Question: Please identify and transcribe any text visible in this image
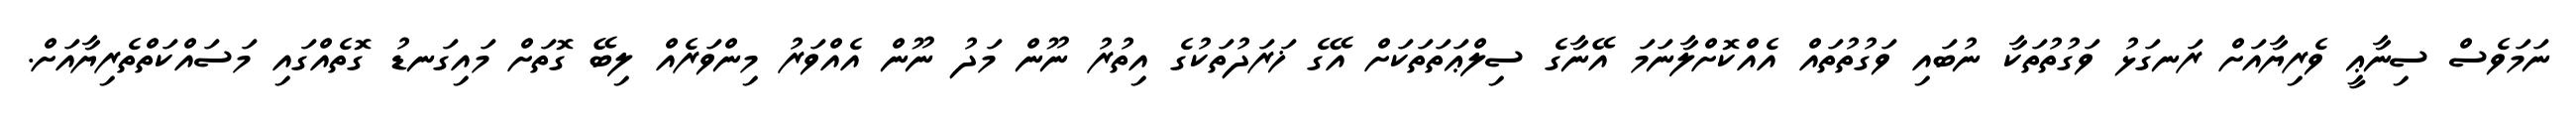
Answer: ނަމަވެސް ސިނާޢީ ވެރިޔާއަށް ރަނގަޅު ވަގުތުތަކާ ނުބައި ވަގުތުތައް އެއްކޮށްލާނަމަ އޭނާގެ ސިލްޢަތަތަކަށް އޭގެ ޚަރަދުތަކުގެ އިތުރު ނޫން މަދު ނޫން އެއްވަރު މިންވަރެއް ލިބޭ ގޮތަށް މައިގަނޑު ގޮތެއްގައި މަސައްކަތްތެރިޔާއަށް.